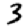
Digit: 3